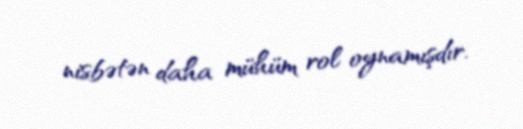
nisbətən daha mühüm rol oynamışdır.